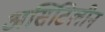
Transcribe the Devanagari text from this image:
असिटिलीन